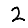
Digit: 2